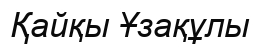
Қайқы Ұзақұлы